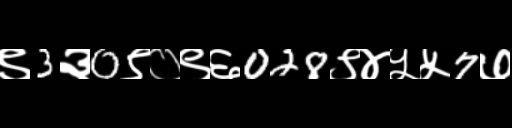
Text: ९3३0९०९६028९४५५7७